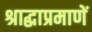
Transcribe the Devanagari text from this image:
श्राद्धाप्रमाणें